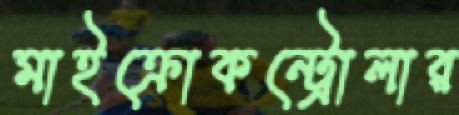
মাইক্রোকন্ট্রোলার